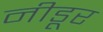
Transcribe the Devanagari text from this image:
नीडूर